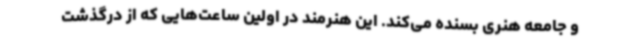
و جامعه هنری بسنده می‌کند. این هنرمند در اولین ساعت‌هایی که از درگذشت